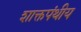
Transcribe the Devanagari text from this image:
शाक्तपंथीय